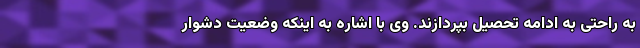
به راحتی به ادامه تحصیل بپردازند. وی با اشاره به اینکه وضعیت دشوار